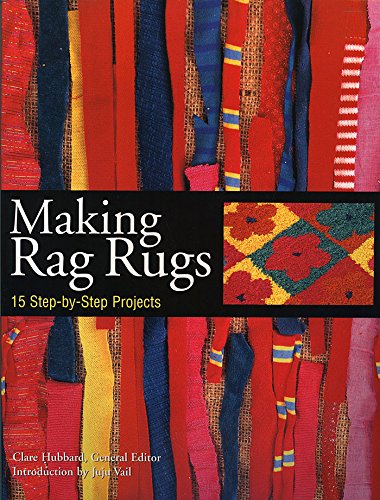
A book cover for Making Rag Rugs: 15 Step-by-Step Projects; Clare Hubbard; Crafts, Hobbies & Home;